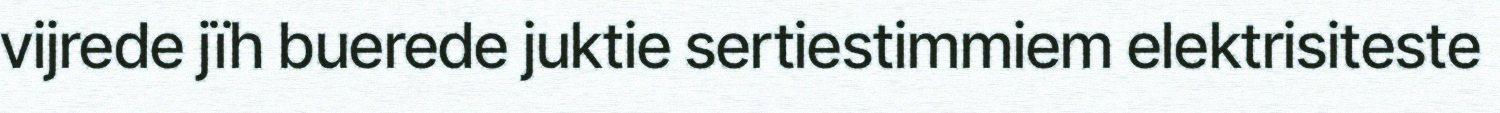
vijrede jïh buerede juktie sertiestimmiem elektrisiteste